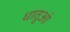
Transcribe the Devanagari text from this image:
धातुआं